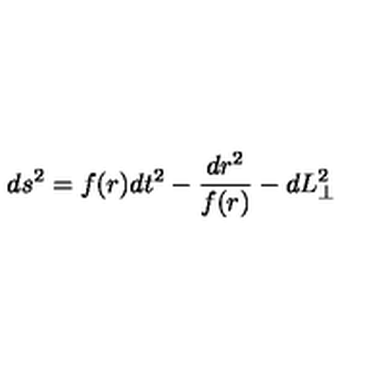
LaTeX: d s ^ { 2 } = f ( r ) d t ^ { 2 } - \frac { d r ^ { 2 } } { f ( r ) } - d L _ { \perp } ^ { 2 }